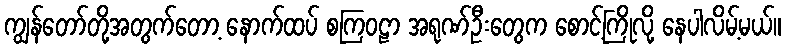
ကျွန်တော်တို့အတွက်တော့ နောက်ထပ် စကြဝဠာ အရုဏ်ဦးတွေက စောင့်ကြိုလို့ နေပါလိမ့်မယ်။